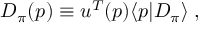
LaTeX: D _ { \pi } ( p ) \equiv u ^ { T } ( p ) \langle p | { \cal D } _ { \pi } \rangle \; ,